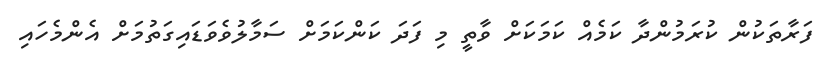
ފަރާތަކުން ކުރަމުންދާ ކަމެއް ކަމަކަށް ވާތީ މި ފަދަ ކަންކަމަށް ސަމާލުވެވަޑައިގަތުމަށް އެންމެހައި